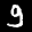
Label: 9